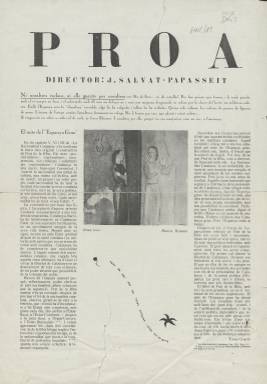
Título: Proa (Barcelona)
Colección: Cultura
Ámbito geográfico: Barcelona
Lugar de publicación: Barcelona
Fechas: 01/01/1921-31/01/1921

Revista de vanguardia de 1921 iniciativa del poeta Joan Salvat i Papasseit, quien ya antes había impulsado otras publicaciones vanguardistas catalanas de signo revolucionario y futurista como Un Enemic del Poble y Arc Voltaic. Solo se publicaron dos números de Proa. La Biblioteca Nacional de España posee el primero, el número 0, de enero de 1921.

     En este número, aparentemente de dos páginas, la segunda con poemas, la portada está dedicada a analizar la obra del teórico del nacionalismo catalán Enric Prat de la Riba. El creador de Proa, Joan Salvat, era abiertamente independentista, además de abrazar las ideas anarquistas.

    Aparte de promotor de revistas literarias, Joan Salvat i Papasseit publicó seis libros de poemas. Su obra permaneció prácticamente olvidada tras su temprana muerte hasta que fue popularizada por los autores de la Nova Cançó catalana a partir de la década de 1960.

El poeta tuvo una vida intensa y murió joven con tan solo 30 años a causa de la tuberculosis, enfermedad que le sobrevino en los últimos años de su vida y le obligó a varios cambios de residencia, incluyendo una estancia en el sanatorio de la Fuenfría, en Cercedilla (Madrid).

  Está considerado en la actualidad uno de los grandes escritores catalanes. En Barcelona se le recuerda con una escultura y la decoración en una pared medianera donde se reproduce un caligrama en el que las letras parecen convertirse en hormigas que caminan en fila entre una flor y una estrella. Es el caligrama que vemos en la portada del número de Proa que posee la BNE.

[Descripción publicada el 1/12/2022]